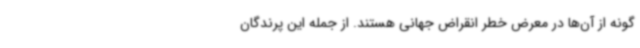
گونه از آن‌ها در معرض خطر انقراض جهانی هستند. از جمله این پرندگان